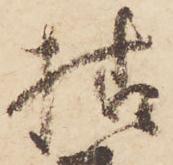
様